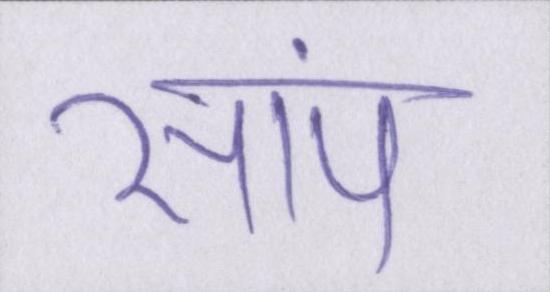
सांप